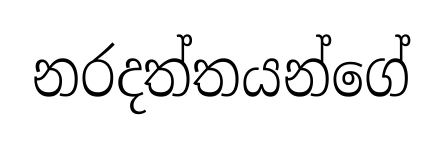
නරදත්තයන්ගේ